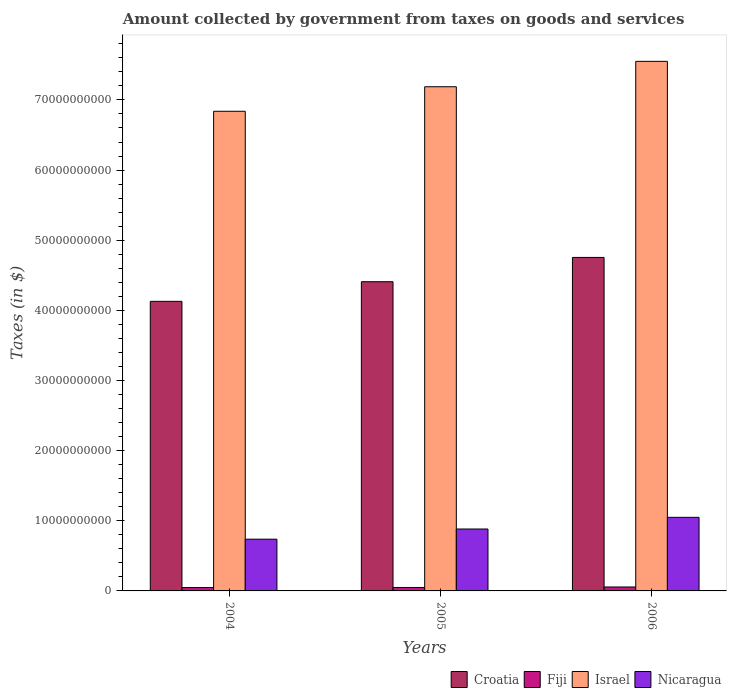
| Years | Croatia | Fiji | Israel | Nicaragua |
 | --- | --- | --- | --- | --- |
 | 2004 | 4.13e+10 | 4.83e+08 | 6.84e+10 | 7.38e+09 |
 | 2005 | 4.41e+10 | 4.91e+08 | 7.19e+10 | 8.83e+09 |
 | 2006 | 4.75e+10 | 5.62e+08 | 7.55e+10 | 1.05e+10 |